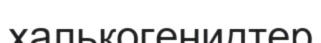
халькогенидтер